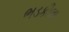
ભડકીલા